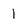
Character: 1